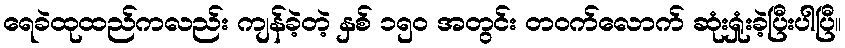
ရေခဲထုထည်ကလည်း ကျန်ခဲ့တဲ့ နှစ် ၁၅၀ အတွင်း တဝက်လောက် ဆုံးရှုံးခဲ့ပြီးပါပြီ။